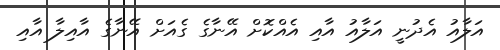
އަލާއު އެދުނީ އަލާއު އާއި އެއްކޮށް އޭނާގެ ގެއަށް އޭނާގެ އާއިލާ އާއި